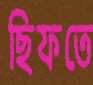
ছিফতে